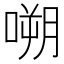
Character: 嗍